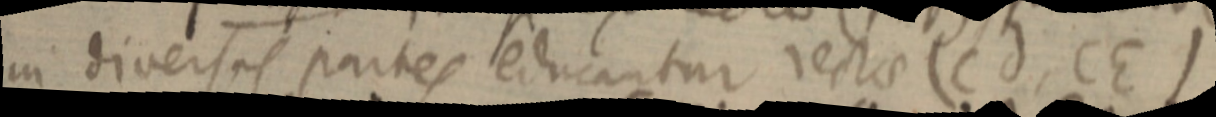
in diversas partes educantur rectae (Cd, CE)